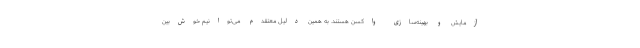
آزمایش و بهینه‌سازی واکسن هستند. به همین دلیل معتقدم می‌توانیم خوش‌بین